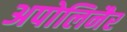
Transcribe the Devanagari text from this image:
अपोलिनैर